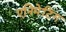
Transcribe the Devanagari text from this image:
एनिमेटिंग